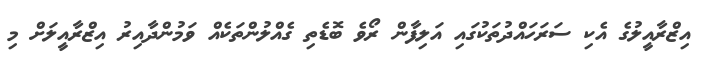
އިޒްރާއީލުގެ އެކި ސަރަހައްދުތަކުގައި އަލިފާން ރޯވެ ބޮޑެތި ގެއްލުންތަކެއް ވަމުންދާއިރު އިޒްރާއީލަށް މި